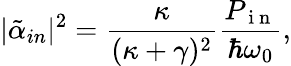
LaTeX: |\tilde{\alpha}_{in}|^{2}=\frac{\kappa}{(\kappa+\gamma)^{2}}\frac{P_{\mathrm{~i~n~}}}{\hbar\omega_{0}},